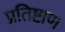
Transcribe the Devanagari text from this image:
प्रतिष्टाण